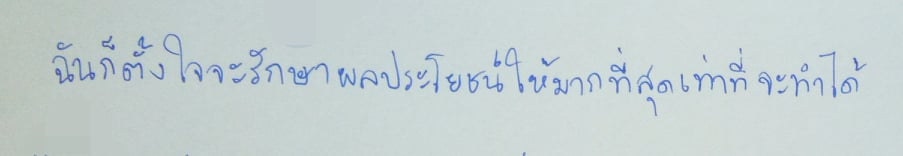
ฉันก็ตั้งใจจะรักษาผลประโยชน์ให้มากที่สุดเท่าที่จะทำได้"